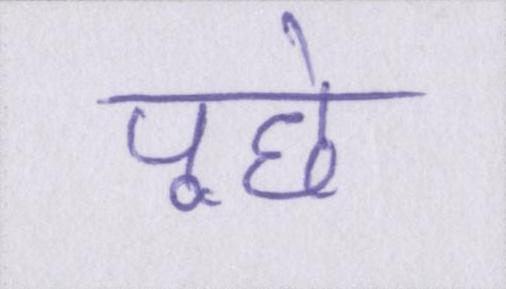
पूछे